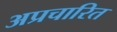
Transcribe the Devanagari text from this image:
अप्रचारित